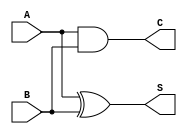
//HalfAdder
module halfAdder 
  (A,B,S,C);
 
  input  A,B;
  output S,C;
 
  assign S   = A ^ B;  // bitwise xor
  assign C = A & B;  // bitwise and
 
endmodule